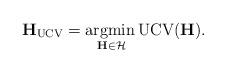
LaTeX: \begin{align*}\mathbf{H}_{\mathrm{UCV}} = \underset{\mathbf{H} \in \mathcal{H}}{\operatorname{argmin\,}} \mathrm{UCV(\mathbf{H})}.\end{align*}